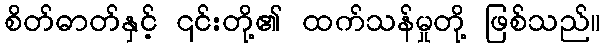
စိတ်ဓာတ်နှင့် ၎င်းတို့၏ ထက်သန်မှုတို့ ဖြစ်သည်။